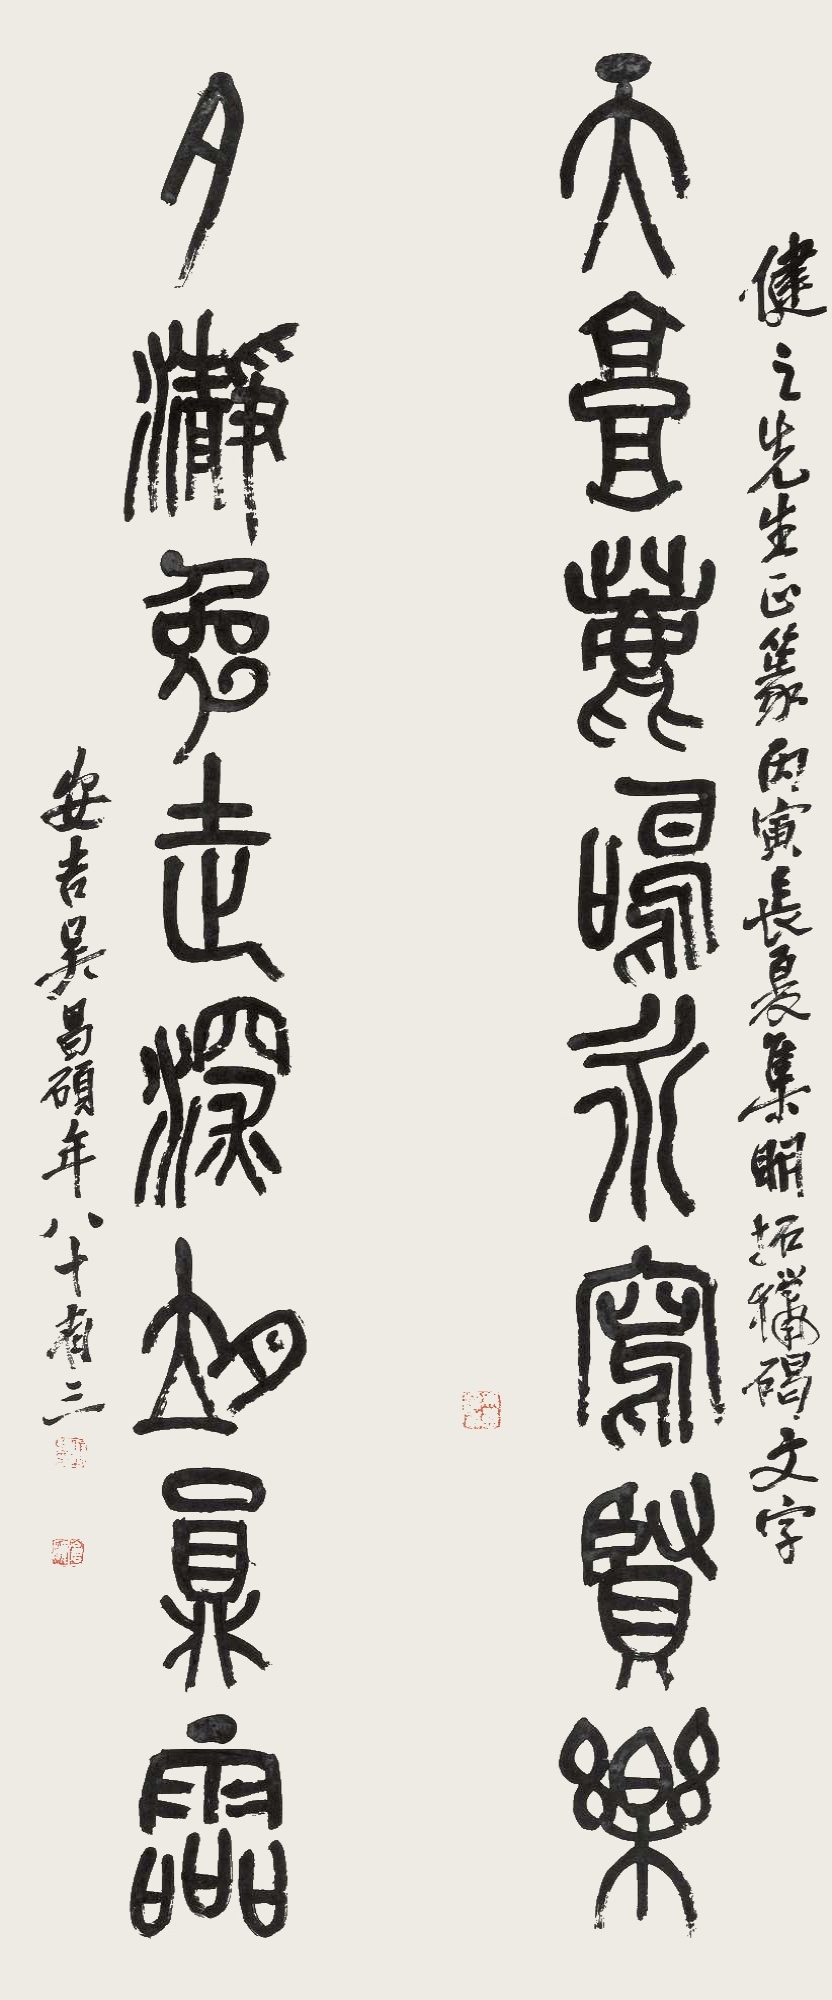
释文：天高鹿鸣永写贤乐，月瀞兔走深夜鼎灵。健之先生正篆，丙寅长夏集明拓猎碣文字，安吉吴昌硕年八十有三。